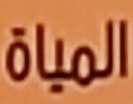
المياة